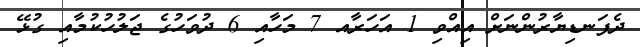
ދެފަނޑިޔާރުންނަށް އިއްވި 1 އަހަރާއ 7 މަހާއި 6 ދުވަހުގެ ޖަލުހުކުމާއި ގުޅޭ